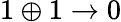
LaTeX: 1\oplus 1\rightarrow 0